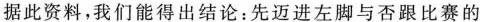
据此资料，我们能得出结论：先迈进左脚与否跟比赛的